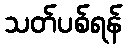
သတ်ပစ်ရန်